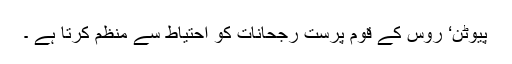
پیوٹن‘ روس کے قوم پرست رجحانات کو احتیاط سے منظم کرتا ہے ۔